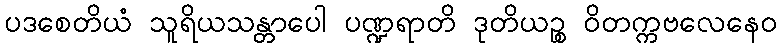
ပဒစေတိယံ သူရိယသန္တာပေါ ပဏ္ဍရာတိ ဒုတိယဉ္စ ဝိတက္ကဗလေနေဝ